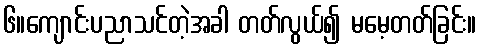
၆။ကျောင်းပညာသင်တဲ့အခါ တတ်လွယ်၍ မမေ့တတ်ခြင်း။